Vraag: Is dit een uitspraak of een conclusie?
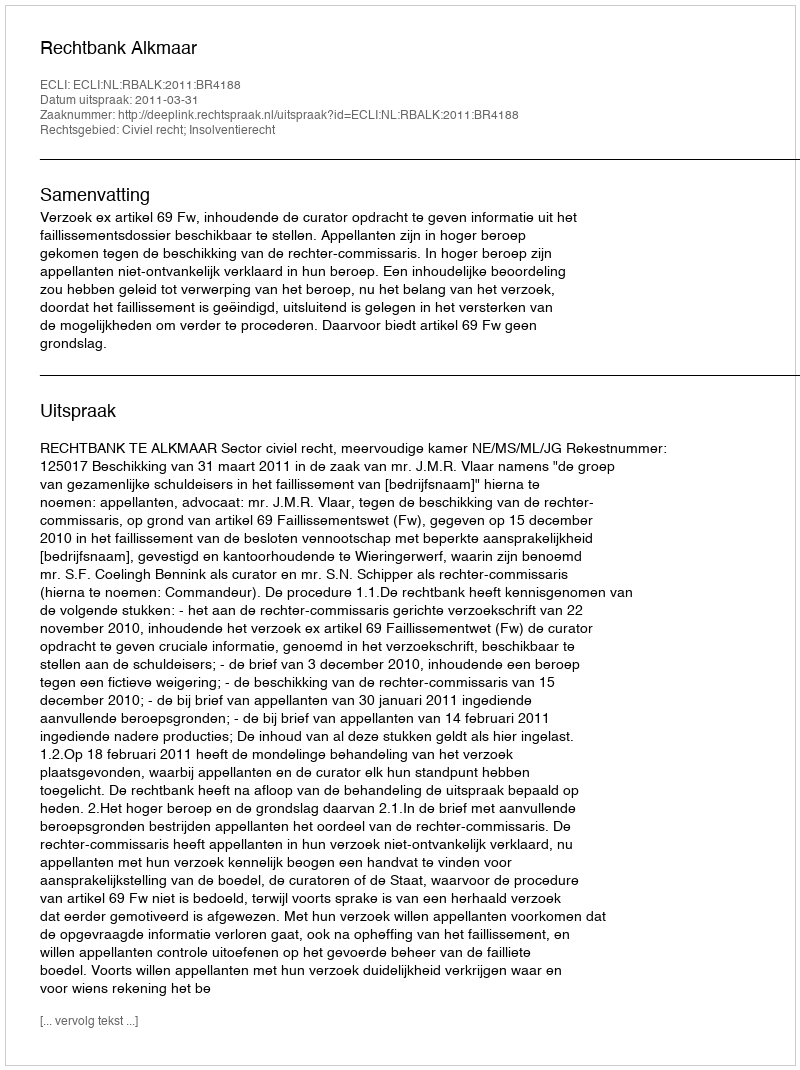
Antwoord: Uitspraak